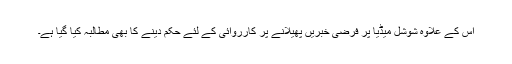
اس کے علاوہ شوشل میڈیا پر فرضی خبریں پھیلانے پر کارروائی کے لئے حکم دینے کا بھی مطالبہ کیا گیا ہے۔